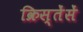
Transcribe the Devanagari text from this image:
क्रिस्तेंसें